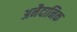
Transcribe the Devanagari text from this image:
अनैदानिक